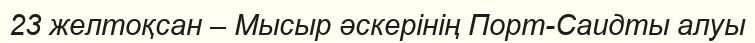
23 желтоқсан – Мысыр әскерінің Порт-Саидты алуы